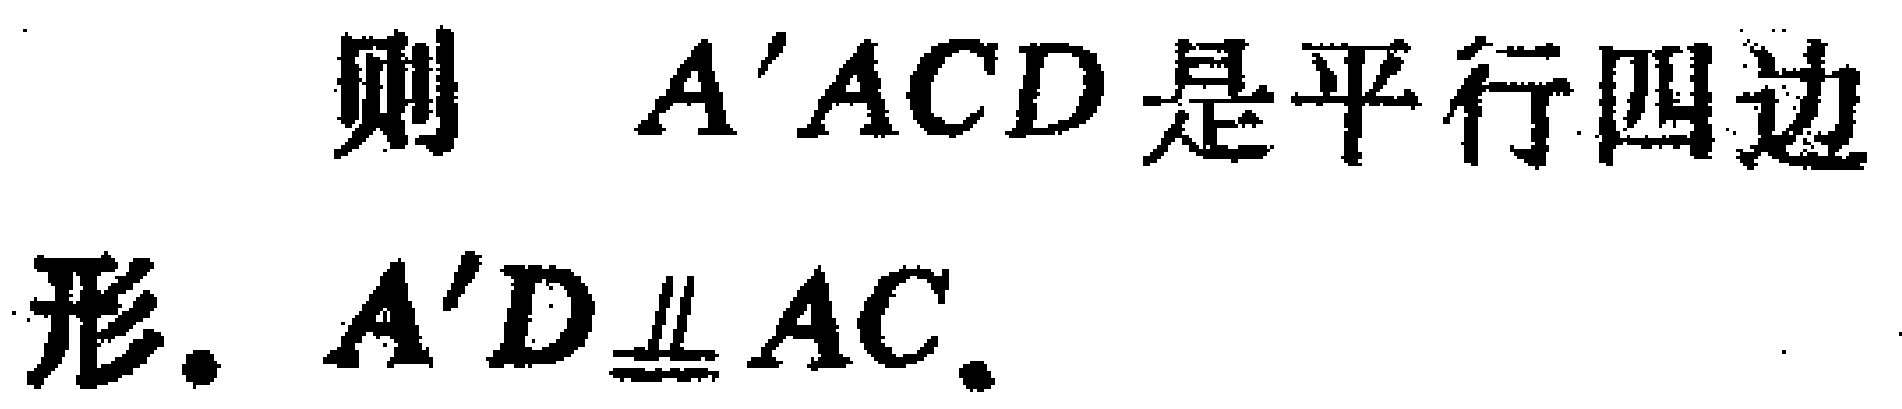
则 \(A'ACD\) 是平行四边形. \(A'D\equalparallel AC\).